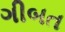
ગીબત